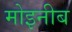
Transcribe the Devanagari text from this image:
मोइनीब